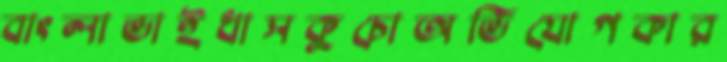
বাংলাভাইধাসকুচোঅভিযোগকার